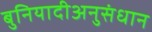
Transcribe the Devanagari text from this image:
बुनियादीअनुसंधान